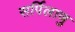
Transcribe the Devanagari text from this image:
सर्पिलाणु